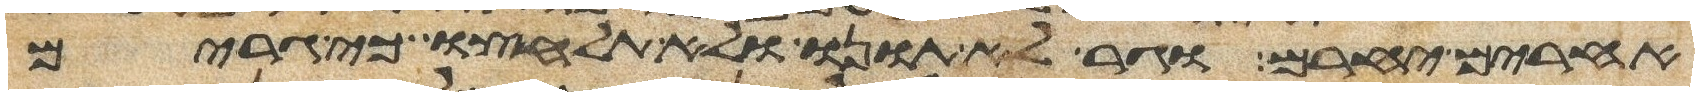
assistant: אחרים יחרם וגר לא תונו ולא תלחצו כי גרים